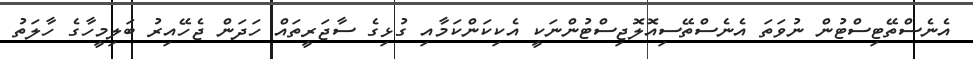
އެނެސްތޭޓިސްޓުން ނުވަތަ އެނެސްތޭސިއޮލޮޖިސްޓުންނަކީ އެކިކަންކަމާއި ގުޅިގެ ސާޖަރީތައް ހަދަން ޖެހޭއިރު ބަލިމީހާގެ ހާލަތު